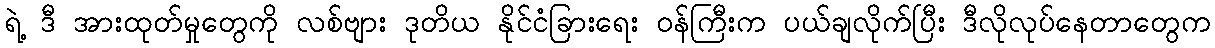
ရဲ့ ဒီ အားထုတ်မှုတွေကို လစ်ဗျား ဒုတိယ နိုင်ငံခြားရေး ဝန်ကြီးက ပယ်ချလိုက်ပြီး ဒီလိုလုပ်နေတာတွေက